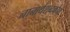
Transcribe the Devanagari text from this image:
नानार्थशब्दकोश